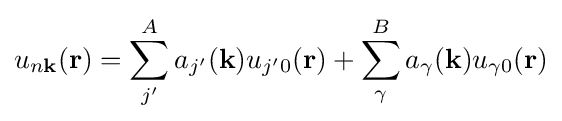
u_{n\mathbf {k} }(\mathbf {r} )=\sum _{j'}^{A}a_{j'}(\mathbf {k} )u_{j'0}(\mathbf {r} )+\sum _{\gamma }^{B}a_{\gamma }(\mathbf {k} )u_{\gamma 0}(\mathbf {r} )